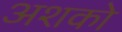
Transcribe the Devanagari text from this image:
अशको